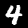
Digit: 4